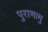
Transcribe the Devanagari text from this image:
पुराणामु